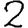
Digit: 2